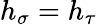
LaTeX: h_{\sigma}=h_{\tau}